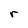
Character: r